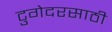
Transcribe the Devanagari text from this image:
टुगेदरसाठी